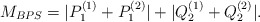
\begin{align*}M_{BPS} = |P^{(1)}_{1}+ P^{(2)}_{1}|+|Q^{(1)}_{2}+ Q^{(2)}_{2}|.\end{align*}